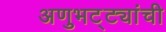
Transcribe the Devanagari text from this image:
अणुभट्ट्यांची